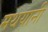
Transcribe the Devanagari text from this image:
मथयानी